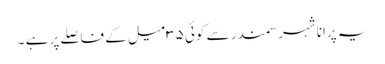
یہ پرانا شہر سمندر سے کوئی ۳۵ میل کے فاصلے پر ہے ۔